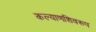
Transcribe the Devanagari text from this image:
कल्याणशिवरूप